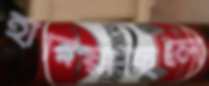
হারিয়াছিলে